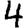
Digit: 4